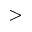
\textgreater